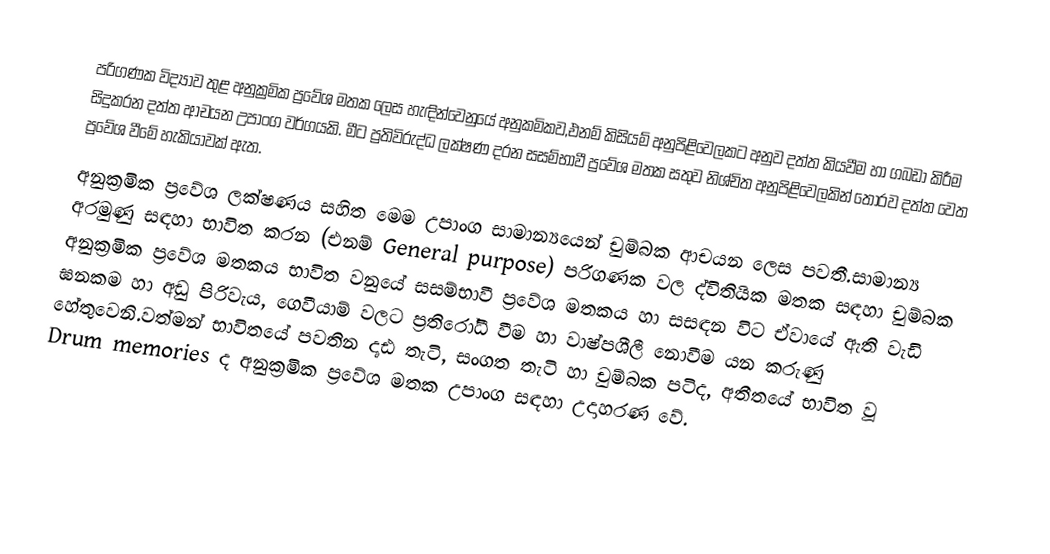
පරිගණක විද්‍යාව තුළ අනුක්‍රමික ප්‍රවේශ මතක ලෙස හැඳින්වෙනුයේ අනුකමිකව,එනම් කිසියම් අනුපිළිවෙලකට අනුව දත්ත කියවීම හා ගබඩා කිරීම සිදුකරන දත්ත ආචයන උපාංග වර්ගයකි. මීට ප්‍රතිවිරුද්ධ ලක්ෂණ දරන සසම්භාවී ප්‍රවේශ මතක සතුව නිශ්චිත අනුපිළිවෙලකින් තොරව දත්ත වෙත ප්‍රවේශ වීමේ හැකියාවක් ඇත.
අනුක්‍රමික ප්‍රවේශ ලක්ෂණය සහිත මෙම උපාංග සාමාන්‍යයෙන් චුම්බක ආචයන ලෙස පවතී.සාමාන්‍ය අරමුණු සඳහා භාවිත කරන (එනම් General purpose) පරිගණක වල ද්විතියික මතක සඳහා චුම්බක අනුක්‍රමික ප්‍රවේශ මතකය භාවිත වනුයේ සසම්භාවී ප්‍රවේශ මතකය හා සසඳන විට ඒවායේ ඇති වැඩි ඝනකම හා අඩු පිරිවැය, ගෙවීයාම් වලට ප්‍රතිරෝධී වීම හා වාෂ්පශීලී නොවීම යන කරුණු හේතුවෙනි.වත්මන් භාවිතයේ පවතින දෘඪ තැටි, සංගත තැටි හා චුම්බක පටිද, අතීතයේ භාවිත වූ Drum memories ද අනුක්‍රමික ප්‍රවේශ මතක උපාංග සඳහා උදාහරණ වේ.